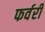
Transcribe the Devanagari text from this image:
फर्वरी